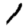
Digit: 1